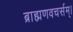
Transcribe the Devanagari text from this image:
ब्राह्मणवचर्सम्।